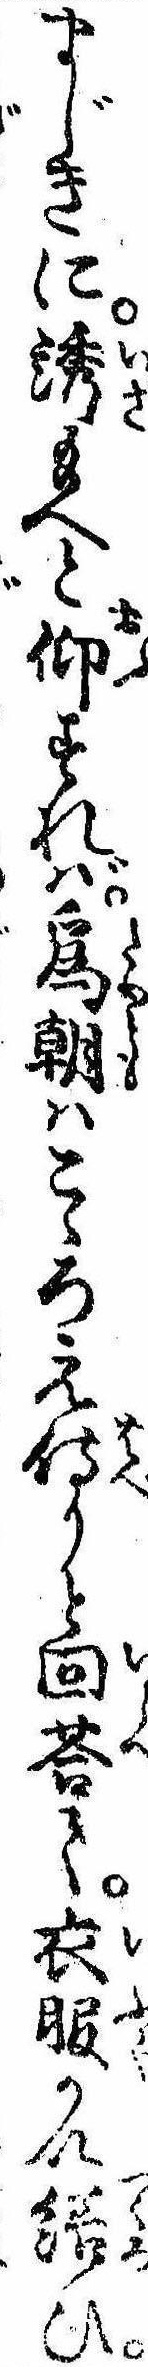
まじきに誘給へと仰すれば為朝はこゝろえ侍りと回答て衣服かい繕ひ